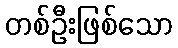
တစ်ဦးဖြစ်သော